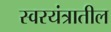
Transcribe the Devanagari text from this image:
स्वरयंत्रातील